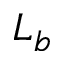
L _ { b }